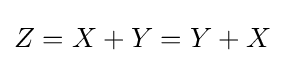
Z=X+Y=Y+X